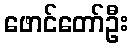
ဖောင်တော်ဦး